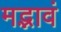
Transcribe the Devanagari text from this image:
मद्भावं